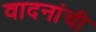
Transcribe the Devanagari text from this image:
वादनांची